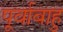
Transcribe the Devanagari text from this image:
पूर्वाबाहु